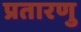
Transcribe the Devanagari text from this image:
प्रतारणु